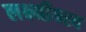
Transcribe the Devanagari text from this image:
लर्क्ष्मीयस्य